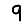
Digit: 9